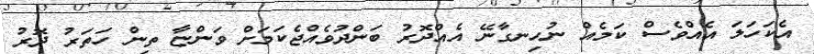
އެކަހަލަ އެއްވެސް ކަމެއް ނުހިނގާނޭ އެއްދޮރު ބަންދުވެއްޖެކަމަށް ވަންޏާ ތިން ހަތަރު ދޮރު